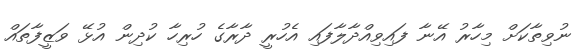
ނުވިތާކަށް މިހާރު އޭނާ ފައިވިއްދާލާފައި އެހުރީ ދާރާގެ ހުރިހާ ކުދިން އުޅޭ ވަޒީފާތައް